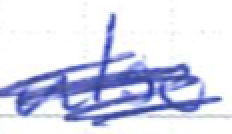
Text: also
Cross-out: scratch
Writing tool: ballpoint